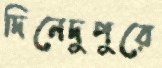
দিনেদুপুরে